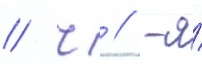
// Ч // -я́